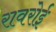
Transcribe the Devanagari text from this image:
रावरोई